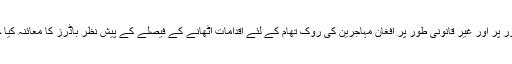
قانونی طور پر اور غیر قانونی طور پر افغان مہاجرین کی روک تھام کے لئے اقدامات اٹھانے کے فیصلے کے پیش نظر باڈرز کا معائنہ کیا جائے گا ۔